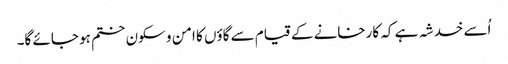
اُسے خدشہ ہے کہ کارخانے کے قیام سے گاؤں کا امن و سکون ختم ہو جائے گا۔